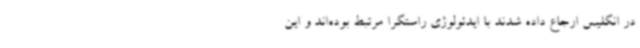
در انگلیس ارجاع داده شدند با ایدئولوژی راستگرا مرتبط بوده‌اند و این